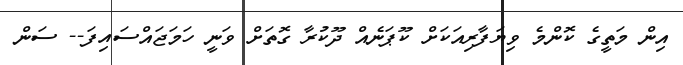
އިން މަތީގެ ކޮންމެ ވިޔަފާރިއަކަށް ކޫޕަނެއް ދޫކުރާ ގޮތަށް ވަނީ ހަމަޖައްސައިފަ-- ސަން